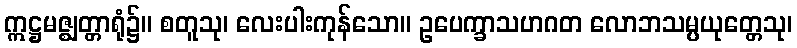
ဣဋ္ဌမဇ္ဈတ္တာရုံ၌။ စတူသု၊ လေးပါးကုန်သော။ ဥပေက္ခာသဟဂတ လောဘသမ္ပယုတ္တေသု၊